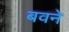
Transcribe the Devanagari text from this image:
बवने